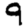
Digit: 9